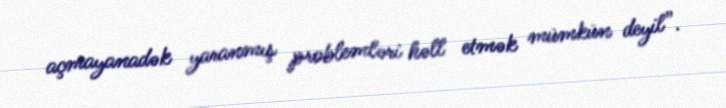
açmayanadək yaranmış problemləri həll etmək mümkün deyil”.